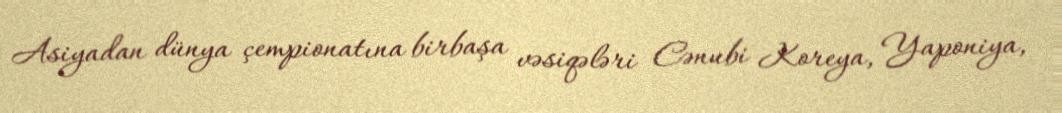
Asiyadan dünya çempionatına birbaşa vəsiqələri Cənubi Koreya, Yaponiya,